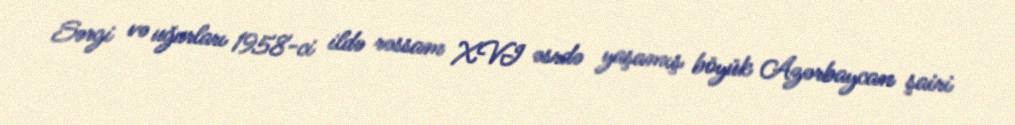
Sərgi və uğurları 1958-ci ildə rəssam XVI əsrdə yaşamış böyük Azərbaycan şairi